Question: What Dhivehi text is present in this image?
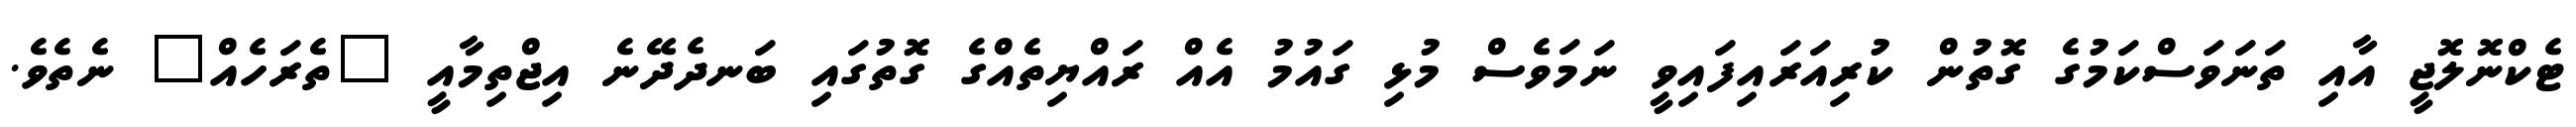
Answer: ޓެކްނޮލޮޖީ އާއި ތަނަވަސްކަމުގެ ގޮތުން ކުރިއަރައިފައިވީ ނަމަވެސް މުޅި ގައުމު އެއް ރައްޔިތެއްގެ ގޮތުގައި ބަނދެދޭނެ އިޖްތިމާއީ "ތެރަހެއް" ނެތެވެ.